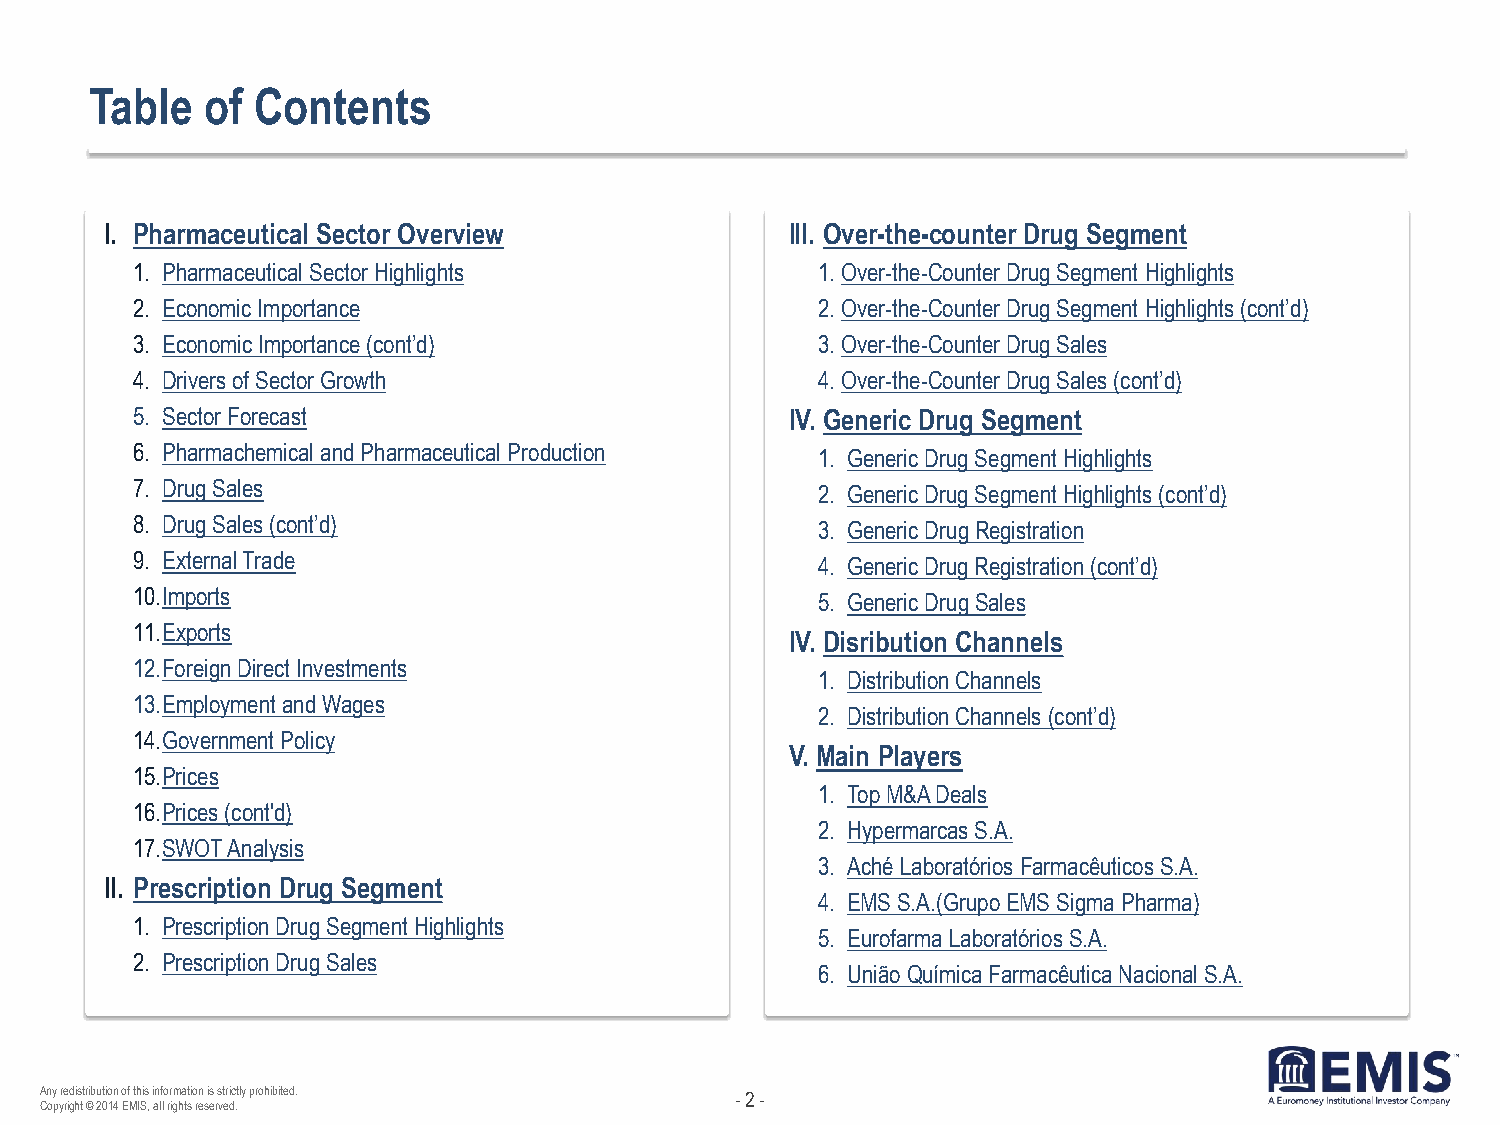
Table   of Contents
 I. P h armaceutical Sector Overview          III. Over-the-counter Drug Segment
 1. Pharmaceutical Sector Highlights          1. Over-the-Counter Drug Segment Highlights
 2. Economic Importance                       2. Over-the-Counter Drug Segment Highlights (cont’d)
 3. Economic Importance (cont’d)              3. Over-the-Counter Drug Sales
 4. Drivers of Sector Growth                  4. Over-the-Counter Drug Sales (cont’d)
 5. Sector Forecast                         IV. Generic Drug Segment
 6. Pharmachemical and Pharmaceutical Production 1. Generic Drug Segment Highlights
 7. Drug Sales                                2. Generic Drug Segment Highlights (cont’d)
 8. Drug Sales (cont’d)                       3. Generic Drug Registration
 9. External Trade                            4. Generic Drug Registration (cont’d)
 10.Imports                                   5. Generic Drug Sales
 11.Exports
 IV. Disribution Channels
 12.Foreign Direct Investments
 1. Distribution Channels
 13.Employment and Wages
 2. Distribution Channels (cont’d)
 14.Government Policy
 V. Main Players
 15.Prices
 1. Top M&A Deals
 16.Prices (cont'd)
 2. Hypermarcas S.A.
 17.SWOT Analysis
 3. Aché Laboratórios Farmacêuticos S.A.
 II. Prescription Drug Segment
 4. EMS S.A.(Grupo EMS Sigma Pharma)
 1. Prescription Drug Segment Highlights
 5. Eurofarma Laboratórios S.A.
 2. Prescription Drug Sales
 6. União Química Farmacêutica Nacional S.A.
 Any redistribution of this information is strictly prohibited. - 2 -
 Copyright © 2014 EMIS, all rights reserved.